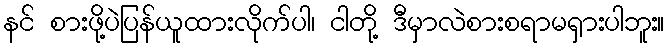
နင် စားဖို့ပဲပြန်ယူထားလိုက်ပါ၊ ငါတို့ ဒီမှာလဲစားစရာမရှားပါဘူး။